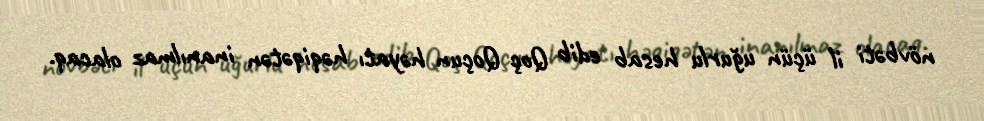
növbəti il üçün uğurlu hesab edib Qoç Qoçun həyatı həqiqətən inanılmaz olacaq.